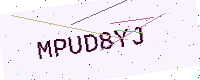
Text: MPUD8YJ